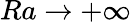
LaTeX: Ra\to+\infty